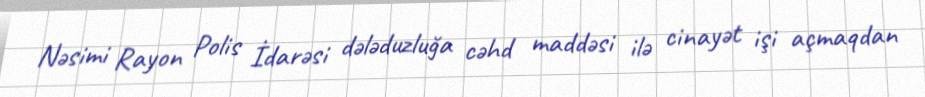
Nəsimi Rayon Polis İdarəsi dələduzluğa cəhd maddəsi ilə cinayət işi açmaqdan